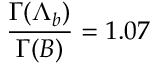
{ \frac { \Gamma ( \Lambda _ { b } ) } { \Gamma ( B ) } } = 1 . 0 7